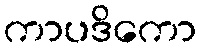
ကာပဒိကော